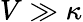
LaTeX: V\gg\kappa